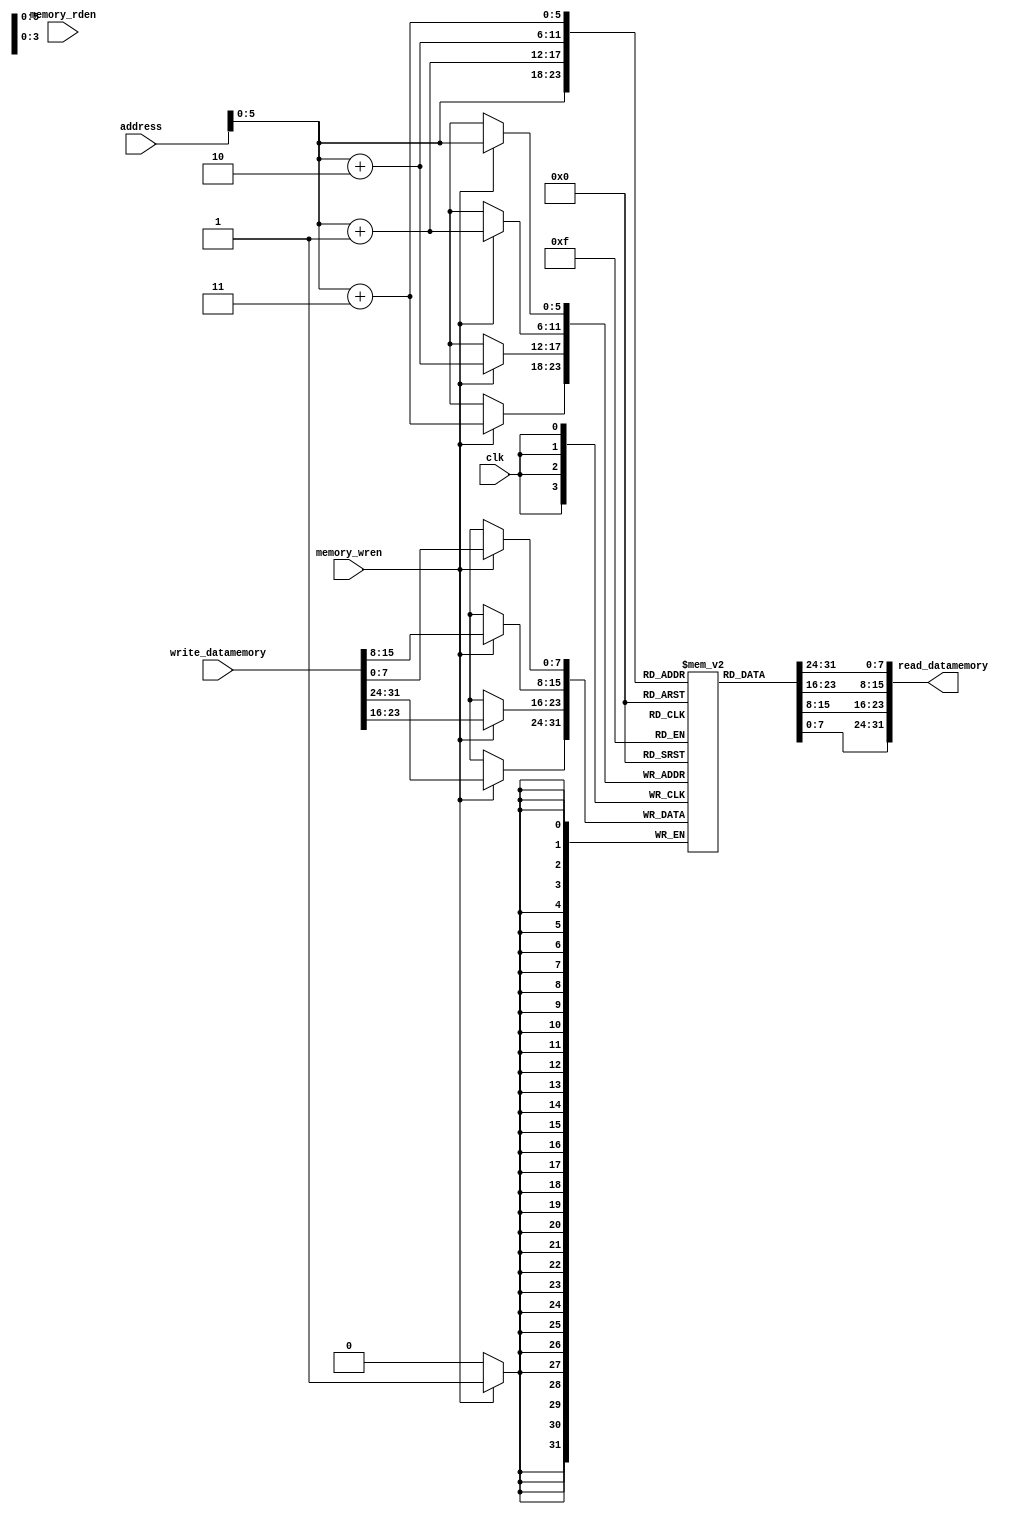
`timescale 1ns / 1ps
//////////////////////////////////////////////////////////////////////////////////
// Company: 
// Engineer: 
// 
// Design Name: 
// Module Name: data_memory
// Project Name: 
// Target Devices: 
// Tool Versions: 
// Description: 
// 
// Dependencies: 
// 
// Revision:
// Revision 0.01 - File Created
// Additional Comments:
// 
//////////////////////////////////////////////////////////////////////////////////


module data_memory(address, write_datamemory, memory_rden, memory_wren, read_datamemory,clk);
input [31:0] address, write_datamemory;
input memory_rden, memory_wren,clk;
output [31:0] read_datamemory;

parameter DEPTH = 50;
reg [7:0] data_mem [DEPTH:0]; 
initial
begin
{data_mem[3],data_mem[2],data_mem[1],data_mem[0]} = 32'h00201020;
{data_mem[7],data_mem[6],data_mem[5],data_mem[4]} = 32'h00622022;


end

assign read_datamemory = {data_mem[address + 3], data_mem[address + 2], data_mem[address + 1], data_mem[address]};
always@(posedge clk)
begin
 if(memory_wren)
  {data_mem[address + 3], data_mem[address + 2], data_mem[address + 1], data_mem[address]} <= write_datamemory; 
end
endmodule